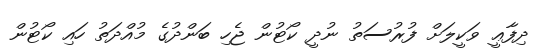
ދިފާޢީ ވަކީލަށް ފުރުސަތު ނުދީ ކޯޓުން ޖެހި ބަންދުގެ މުއްދަތު ހައި ކޯޓުން